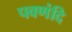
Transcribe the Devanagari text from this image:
पवणंदि